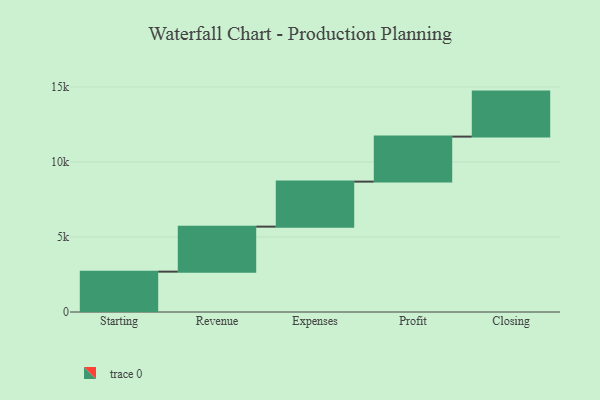
{"axis": {"x": "Step", "y": "Value"}, "legend": [""], "data": [{"x": "Starting", "y": 2690.0, "type": ""}, {"x": "Revenue", "y": 3000, "type": ""}, {"x": "Expenses", "y": 3000, "type": ""}, {"x": "Profit", "y": 3000, "type": ""}, {"x": "Closing", "y": 3000, "type": ""}]}